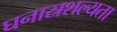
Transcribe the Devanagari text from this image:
घनास्रशल्यता